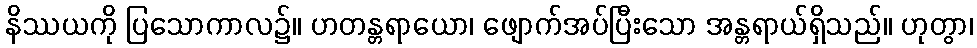
နိဿယကို ပြသောကာလ၌။ ဟတန္တရာယော၊ ဖျောက်အပ်ပြီးသော အန္တရာယ်ရှိသည်။ ဟုတွာ၊